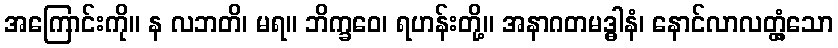
အကြောင်းကို။ န လဘတိ၊ မရ။ ဘိက္ခဝေ၊ ရဟန်းတို့။ အနာဂတမဒ္ဓါနံ၊ နောင်လာလတ္တံ့သော